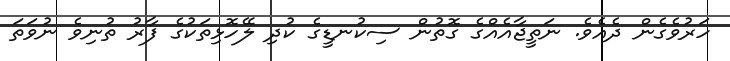
ހަރުވެގެން ދެއެވެ. ނަތީޖާއެއްގެ ގޮތުން ސިކުނޑީގެ ކުދި ލޭހޮޅިތަކުގެ ފާރު ތުނިވެ ނުވަތަ